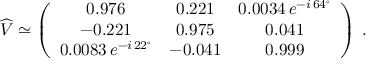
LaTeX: \widehat { V } \simeq \left( \begin{array} { c c c } { { 0 . 9 7 6 } } & { { 0 . 2 2 1 } } & { { 0 . 0 0 3 4 \, e ^ { - i \, 6 4 ^ { \circ } } } } \\ { { - 0 . 2 2 1 } } & { { 0 . 9 7 5 } } & { { 0 . 0 4 1 } } \\ { { 0 . 0 0 8 3 \, e ^ { - i \, 2 2 ^ { \circ } } } } & { { - 0 . 0 4 1 } } & { { 0 . 9 9 9 } } \end{array} \right) \; .